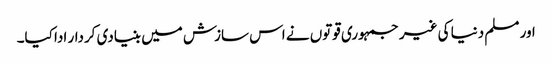
اور مسلم دنیا کی غیر جمہوری قوتوں نے اس سازش میں بنیادی کردار ادا کیا۔